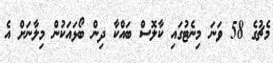
މެޗުގެ 58 ވަނަ މިނެޓުގައި ކާލޮސް ބައްކާ ދިން ބޯޅައަކުން މިލާނަށް އެ